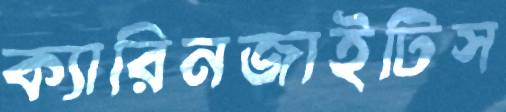
ক্যারিনজাইটিস